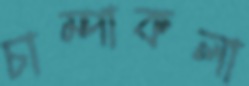
চাম্পাকলা